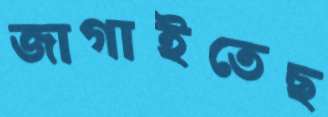
জাগাইতেছ